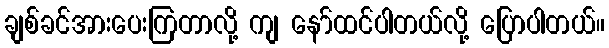
ချစ်ခင်အားပေးကြတာလို့ ကျ နော်ထင်ပါတယ်လို့ ပြောပါတယ်။